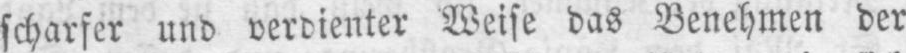
scharfer und verdienter Weise das Benehmen der